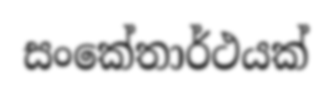
සංකේතාර්ථයක්